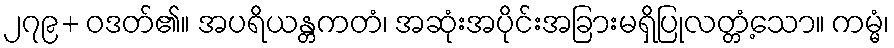
၂၇၉+ ဝဒတ်၏။ အပရိယန္တကတံ၊ အဆုံးအပိုင်းအခြားမရှိပြုလတ္တံ့သော။ ကမ္မံ၊